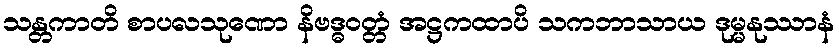
သန္တကာတိ စာပလသုဏော နိဗဒ္ဓဝတ္တံ အဋ္ဌကထာပိ သကဘာသာယ ဒုမ္မနုဿာနံ